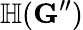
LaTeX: \mathbb{H}(\mathbf{G}^{\prime\prime})